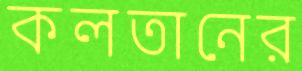
কলতানের